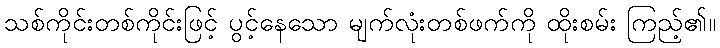
သစ်ကိုင်းတစ်ကိုင်းဖြင့် ပွင့်နေသော မျက်လုံးတစ်ဖက်ကို ထိုးစမ်း ကြည့်၏။